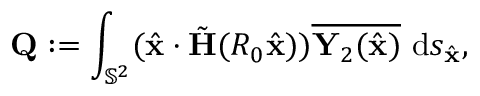
\mathbf { Q } : = \int _ { \mathbb { S } ^ { 2 } } ( \hat { \mathbf { x } } \cdot \tilde { \mathbf H } ( R _ { 0 } \hat { \mathbf { x } } ) ) \overline { { \mathbf { Y } _ { 2 } ( \hat { \mathbf { x } } ) } } ~ \mathrm { d } s _ { \hat { \mathbf { x } } } ,